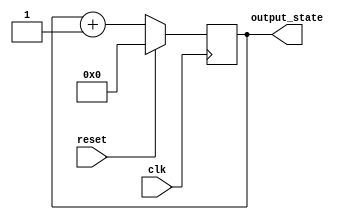
module synchronous_reset (
    input wire clk,           // Clock signal
    input wire reset,         // Reset signal
    output reg [7:0] output_state // Output state (8-bit for example)
);

// Define the reset value
parameter RESET_VALUE = 8'b00000000;

always @(posedge clk) begin
    if (reset) begin
        // Synchronous reset: set output_state to RESET_VALUE
        output_state <= RESET_VALUE;
    end else begin
        // Normal operation: update output_state based on your logic
        // For example, a simple counter that increments
        output_state <= output_state + 1; // Replace with your logic as needed
    end
end

endmodule